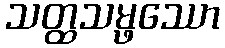
သတ္ထသမ္ဖဿော